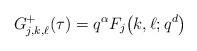
LaTeX: \begin{align*}G_{j,k,\ell}^+(\tau)=q^{\alpha}F_j\big(k,\ell;q^d\big)\end{align*}